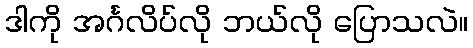
ဒါကို အင်္ဂလိပ်လို ဘယ်လို ပြောသလဲ။